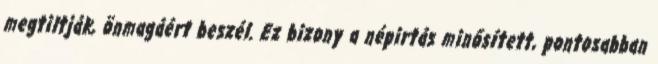
megtiltják, önmagáért beszél. Ez bizony a népirtás minősített, pontosabban